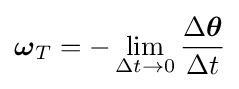
{\boldsymbol {\omega }}_{T}=-\lim _{\Delta t\rightarrow 0}{\frac {\Delta {\boldsymbol {\theta }}}{\Delta t}}